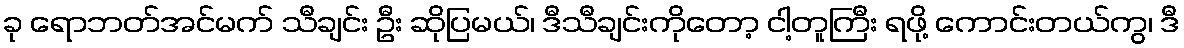
ခု ရောဘတ်အင်မက် သီချင်း ဦး ဆိုပြမယ်၊ ဒီသီချင်းကိုတော့ ငါ့တူကြီး ရဖို့ ကောင်းတယ်ကွ၊ ဒီ